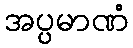
အပ္ပမာဏံ